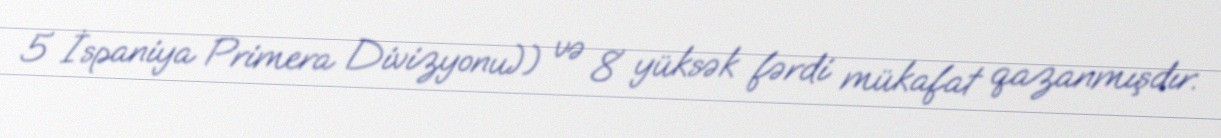
5 İspaniya Primera Divizyonu)) və 8 yüksək fərdi mükafat qazanmışdır.